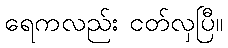
ရေကလည်း ငတ်လှပြီ။